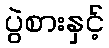
ပွဲစားနှင့်